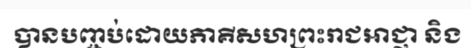
បានបញ្ចប់ដោយភាគីសហព្រះរាជអាជ្ញា និង